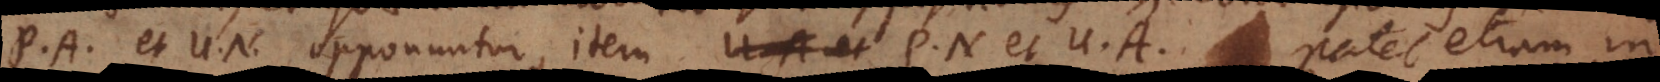
P. A. et U. N. opponuntur, item P. N. et U. A. Patet etiam in